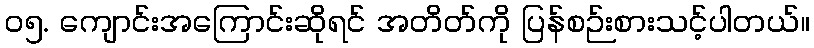
၀၅. ကျောင်းအကြောင်းဆိုရင် အတိတ်ကို ပြန်စဉ်းစားသင့်ပါတယ်။